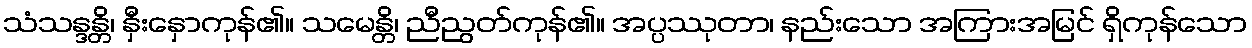
သံသန္ဒန္တိ၊ နှီးနှောကုန်၏။ သမေန္တိ၊ ညီညွတ်ကုန်၏။ အပ္ပဿုတာ၊ နည်းသော အကြားအမြင် ရှိကုန်သော